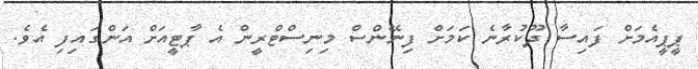
ޕީޕީއެމަށް ފައިސާ ދޫކުރާނެ ކަމަށް ފިނޭންސް މިނިސްޓްރީން އެ ޕާޓީއަށް އަންގައިފި އެވެ.